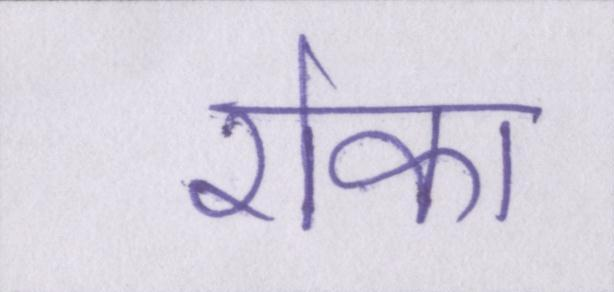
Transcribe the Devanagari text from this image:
रोका